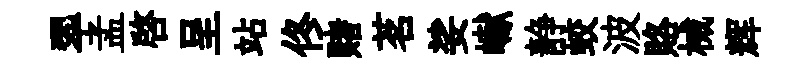
翆孟啓呈站佟赌茗娑𪩘静蛟波賂械辉